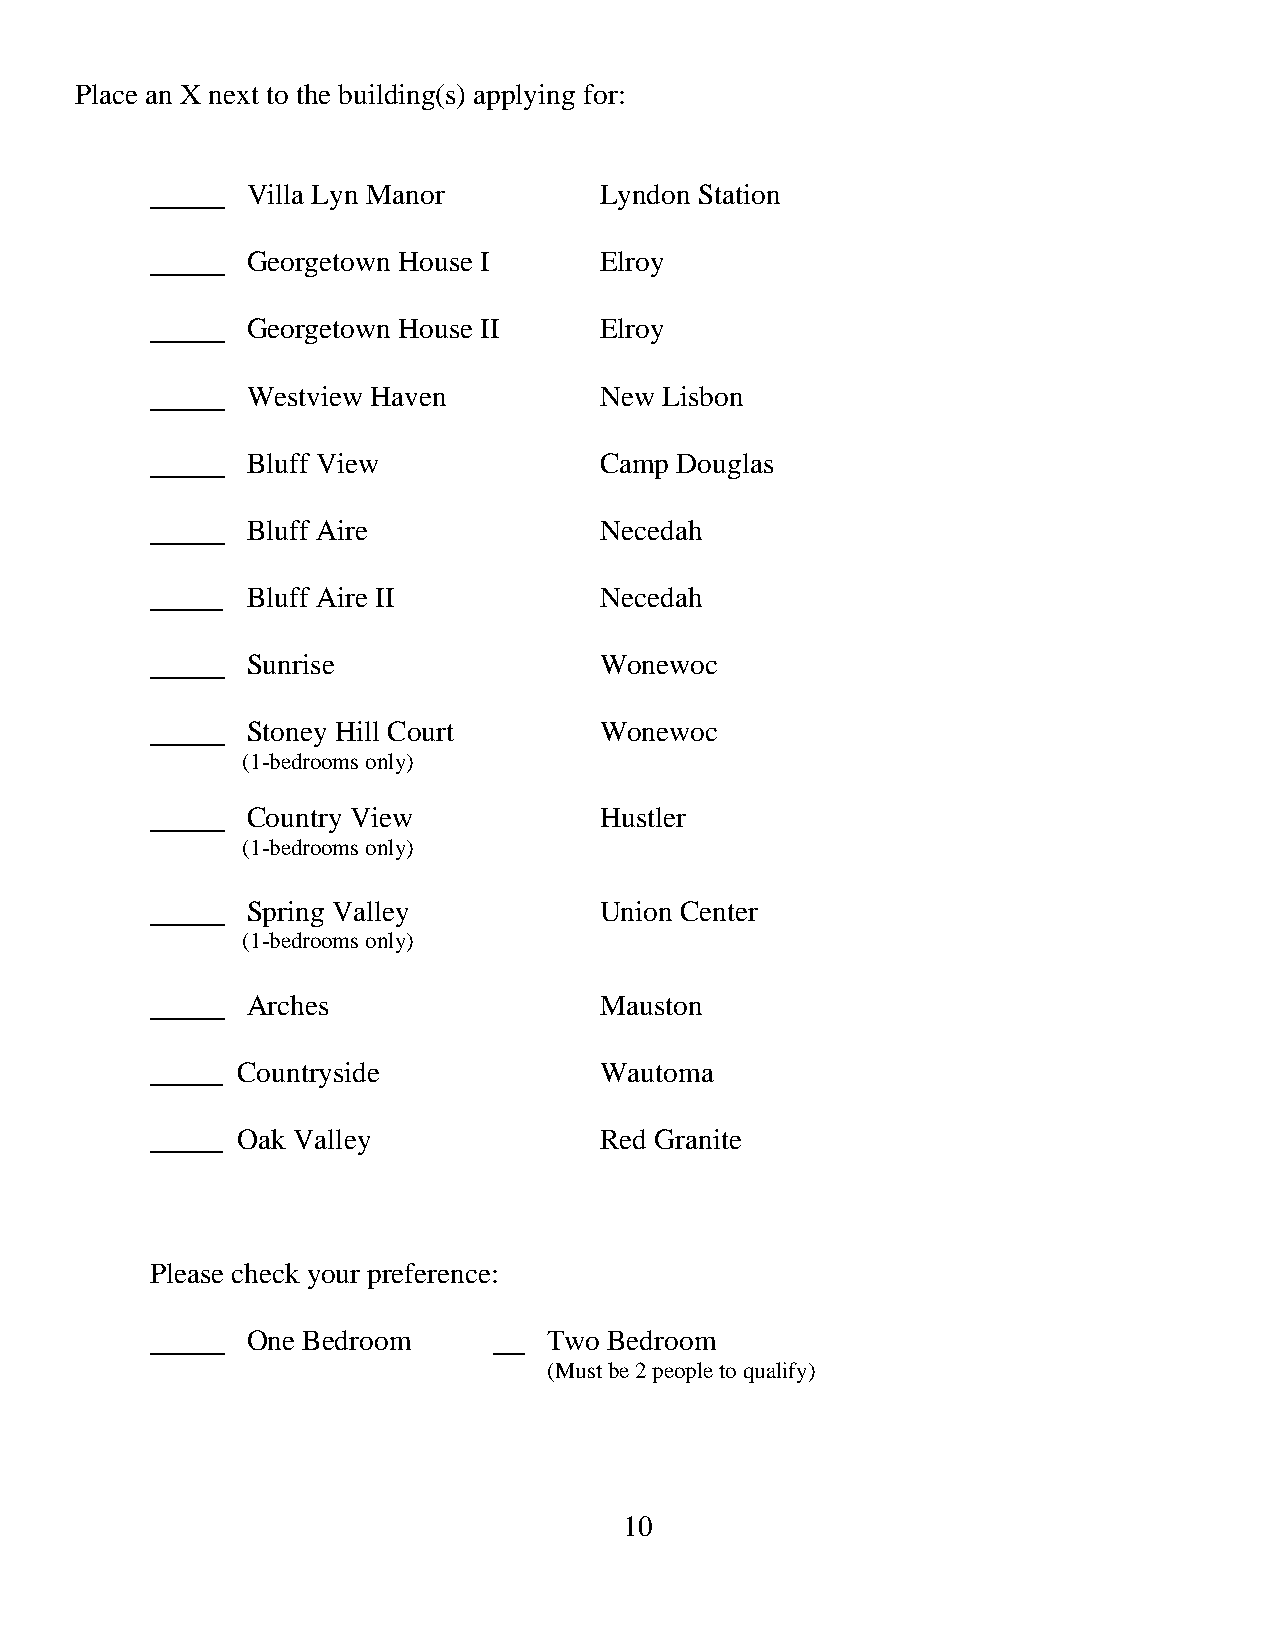
Place an X next to the building(s) applying for:
 Villa Lyn Manor         Lyndon Station
 Georgetown House I      Elroy
 Georgetown House II     Elroy
 Westview Haven          New Lisbon
 Bluff View              Camp Douglas
 Bluff Aire              Necedah
 _____ Bluff Aire II           Necedah
 Sunrise                 Wonewoc
 Stoney Hill Court       Wonewoc
 (1-bedrooms only)
 Country View            Hustler
 (1-bedrooms only)
 Spring Valley           Union Center
 (1-bedrooms only)
 Arches                  Mauston
 _____ Countryside             Wautoma
 _____ Oak Valley              Red Granite
 Please check your preference:
 One Bedroom         Two Bedroom
 (Must be 2 people to qualify)
 10